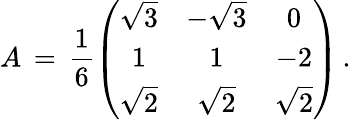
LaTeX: A\, =\, \frac{1}{6}\left(\begin{array}{cccc}{{\sqrt{3}}}&{{-\sqrt{3}}}&{{0}}\\ {{1}}&{{1}}&{{-2}}\\ {{\sqrt{2}}}&{{\sqrt{2}}}&{{\sqrt{2}}}\end{array}\right)\, .